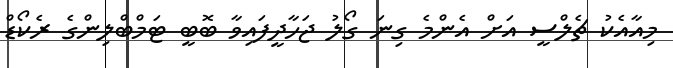
މިއާއެކު ޗެލްސީ އަށް އެންމެ ގިނަ ގޯލު ޖަހާދީފައިވާ ބޮބީ ޓަމްބްލިންގެ ރެކޯޑް